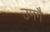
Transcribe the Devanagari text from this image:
उमगै